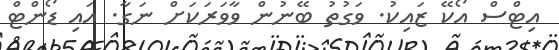
އިޓްސް އޯކޭ ޒައިކު. ވަގުތު ބޭނުން ވާވަރަކަށް ނަގާ. އައި ޑޯންޓް